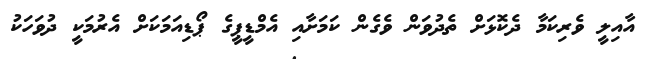
އާއިލީ ވެރިކަމާ ދެކޮޅަށް ތެދުވަން ވެގެން ކަމަށާއި އެމްޑީޕީގެ ޕޯޑިއަމަކަށް އެރުމަކީ ދުވަހަކު